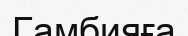
Гамбияға